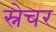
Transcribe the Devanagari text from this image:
स्नेचर